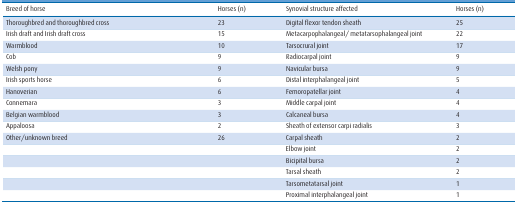
<table><thead><tr><td><b>Breed of horse</b></td><td><b>Horses (n)</b></td><td><b>Synovial structure affected</b></td><td><b>Horses (n)</b></td></tr></thead><tbody><tr><td>Thoroughbred and thoroughbred cross</td><td>23</td><td>Digital flexor tendon sheath</td><td>25</td></tr><tr><td>Irish draft and Irish draft cross</td><td>15</td><td>Metacarpophalangeal/ metatarsophalangeal joint</td><td>22</td></tr><tr><td>Warmblood</td><td>10</td><td>Tarsocrural joint</td><td>17</td></tr><tr><td>Cob</td><td>9</td><td>Radiocarpal joint</td><td>9</td></tr><tr><td>Welsh pony</td><td>9</td><td>Navicular bursa</td><td>9</td></tr><tr><td>Irish sports horse</td><td>6</td><td>Distal interphalangeal joint</td><td>5</td></tr><tr><td>Hanoverian</td><td>6</td><td>Femoropatellar joint</td><td>4</td></tr><tr><td>Connemara</td><td>3</td><td>Middle carpal joint</td><td>4</td></tr><tr><td>Belgian warmblood</td><td>3</td><td>Calcaneal bursa</td><td>4</td></tr><tr><td>Appaloosa</td><td>2</td><td>Sheath of extensor carpi radialis</td><td>3</td></tr><tr><td>Other/unknown breed</td><td>26</td><td>Carpal sheath</td><td>2</td></tr><tr><td></td><td></td><td>Elbow joint</td><td>2</td></tr><tr><td></td><td></td><td>Bicipital bursa</td><td>2</td></tr><tr><td></td><td></td><td>Tarsal sheath</td><td>2</td></tr><tr><td></td><td></td><td>Tarsometatarsal joint</td><td>1</td></tr><tr><td></td><td></td><td>Proximal interphalangeal joint</td><td>1</td></tr></tbody></table>